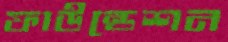
ফাউন্ডেশন